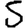
Digit: 5